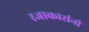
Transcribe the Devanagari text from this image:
रजाकारांनी